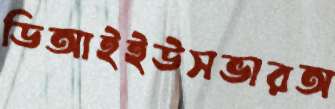
ডিআইইউসভারঅ